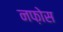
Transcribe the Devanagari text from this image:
नफ़ोस